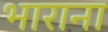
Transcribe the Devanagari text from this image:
भाराना